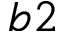
b 2